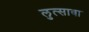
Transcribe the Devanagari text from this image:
लुत्सावा